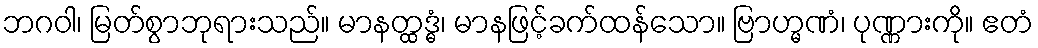
ဘဂဝါ၊ မြတ်စွာဘုရားသည်။ မာနတ္ထဒ္ဓံ၊ မာနဖြင့်ခက်ထန်သော။ ဗြာဟ္မဏံ၊ ပုဏ္ဏားကို။ ဧတံ